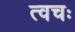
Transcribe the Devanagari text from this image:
त्वचः